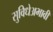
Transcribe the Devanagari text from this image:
सुविधेअभावी